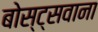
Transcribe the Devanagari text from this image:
बोस्ट्सवाना